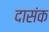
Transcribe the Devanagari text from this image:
दासंक